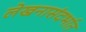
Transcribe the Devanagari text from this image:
लेखनासंदर्भात